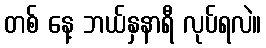
တစ် နေ့ ဘယ်နှနာရီ လုပ်ရလဲ။